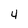
Character: 4